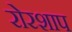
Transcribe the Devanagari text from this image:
रोरशाप